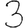
Digit: 3